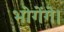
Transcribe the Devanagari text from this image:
भोगेंगे।